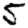
Digit: 5